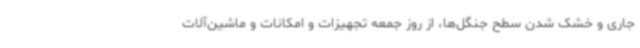
جاری و خشک شدن سطح جنگل‌ها، از روز جمعه تجهیزات و امکانات و ماشین‌آلات